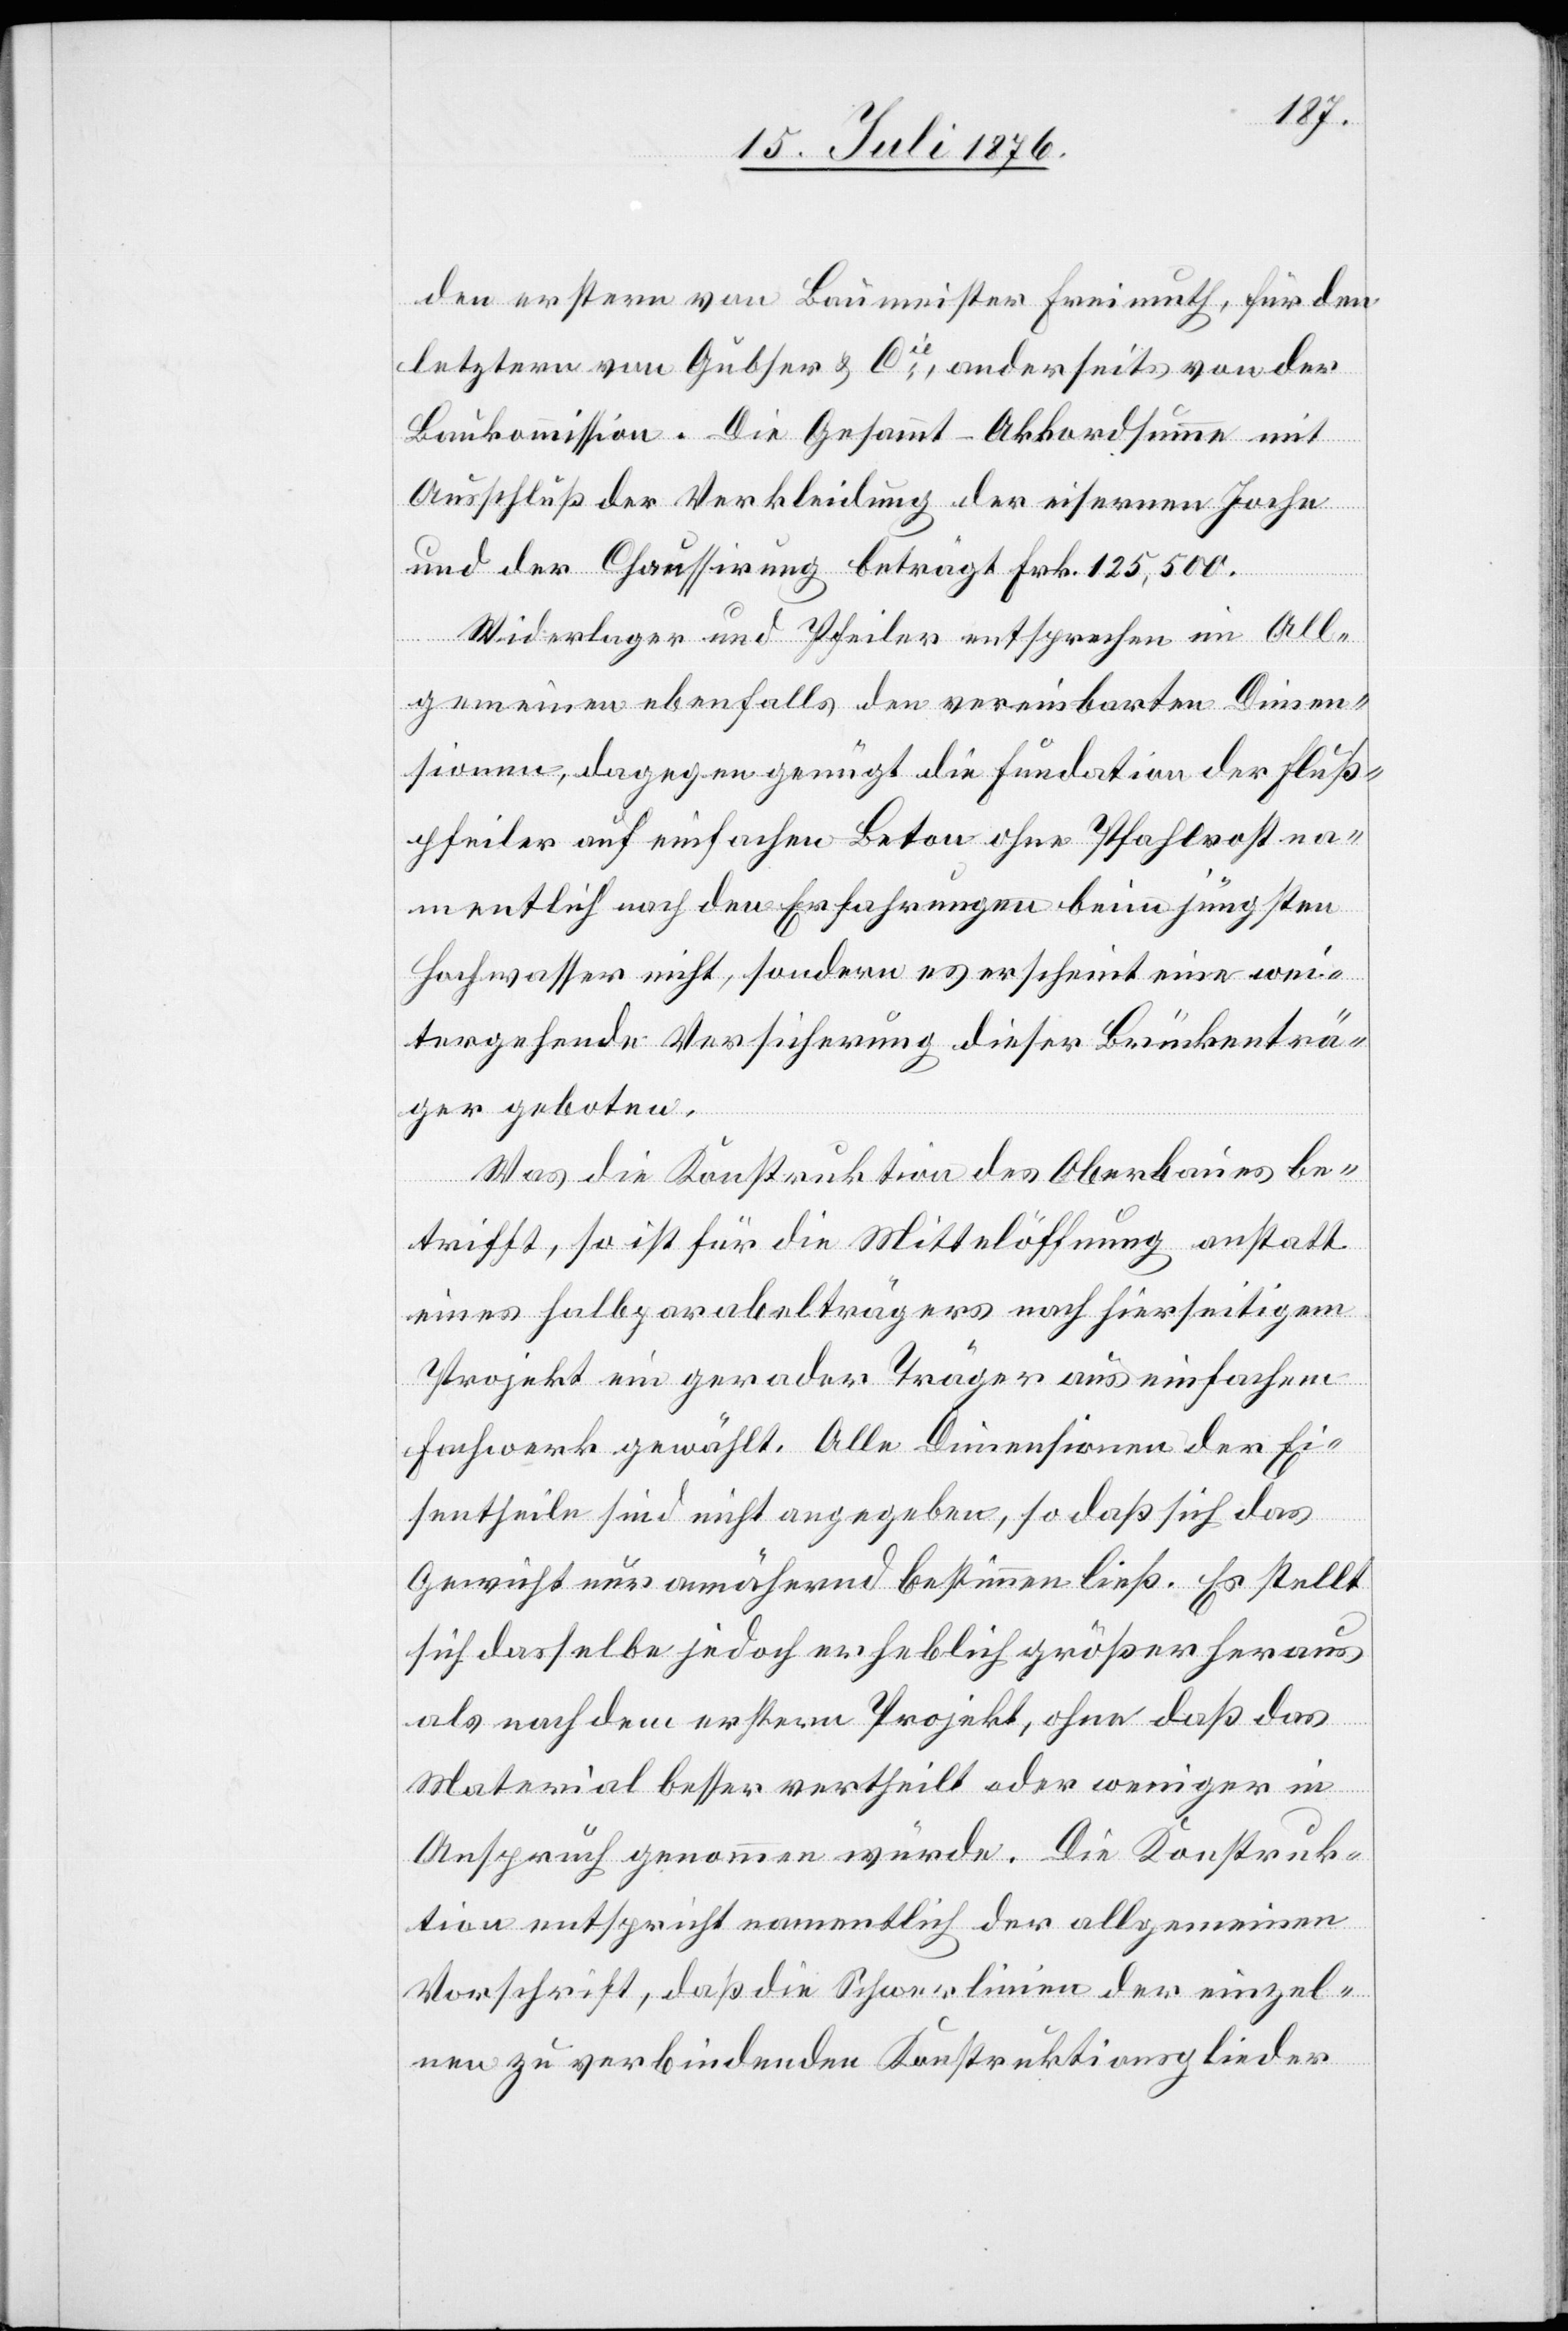
den erstern von Baumeister Freimuth, für den
letztern von Gubser & Cie, anderseits von der
Baukommission. Die Gesammt-Akkordsumme mit
Ausschluß der Verkleidung der eisernen Joche
und der Chauffirung beträgt Frk. 125,500.
Widerlager und Pfeiler entsprechen im All¬
gemeinen ebenfalls den vereinbarten Dimen¬
sionen, dagegen genügt die Fundation der Fluß¬
pfeiler auf einfachen Beton ohne Pfahlrost na¬
mentlich nach den Erfahrungen beim jüngsten
Hochwasser nicht, sondern es erscheint eine wei¬
tergehende Versicherung dieser Brückenträ¬
ger geboten.
Was die Konstruktion des Oberbau’es be¬
trifft, so ist für die Mittelöffnung anstatt
eines Fallparabelträgers nach hierseitigem
Projekt ein gerader Träger aus einfachem
Fachwerk gewählt. Alle Dimensionen der Ei¬
sentheile sind nicht angegeben, so daß sich das
Gewicht nur annähernd bestimmen ließ. Es stellt
sich dasselbe jedoch erheblich größer heraus
als nach dem erstern Projekt, ohne daß das
Material besser vertheilt oder weniger in
Anspruch genommen wurde. Die Konstruk¬
tion entspricht namentlich der allgemeinen
Vorschrift, das die Schwerlinien der einzel¬
nen zu verbindenden Konstruktionsglieder